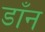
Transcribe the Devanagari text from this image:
डाँन